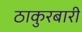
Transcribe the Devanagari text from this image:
ठाकुरबारी